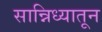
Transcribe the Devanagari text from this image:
सान्निध्यातून